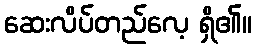
ဆေးလိပ်တည်လေ့ ရှိ၏။